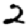
Digit: 2